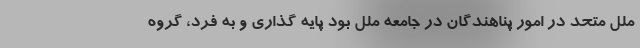
ملل متحد در امور پناهندگان در جامعه ملل بود پایه گذاری و به فرد، گروه